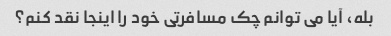
بله، آیا می توانم چک مسافرتی خود را اینجا نقد کنم؟